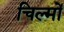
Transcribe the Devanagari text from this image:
चिल्मों